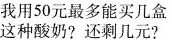
我用50元最多能买几盒这种酸奶?还剩几元?